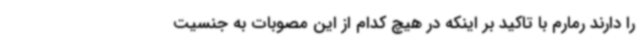
را دارند رمارم با تاکید بر اینکه در هیچ کدام از این مصوبات به جنسیت